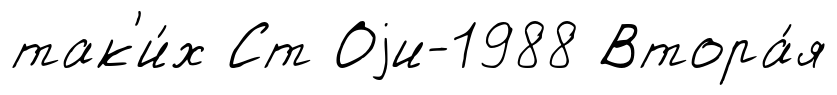
так'и́х Ст Оjи-1988 Втора́я